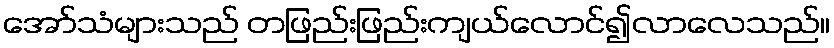
အော်သံများသည် တဖြည်းဖြည်းကျယ်လောင်၍လာလေသည်။